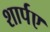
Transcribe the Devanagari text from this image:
शार्पए